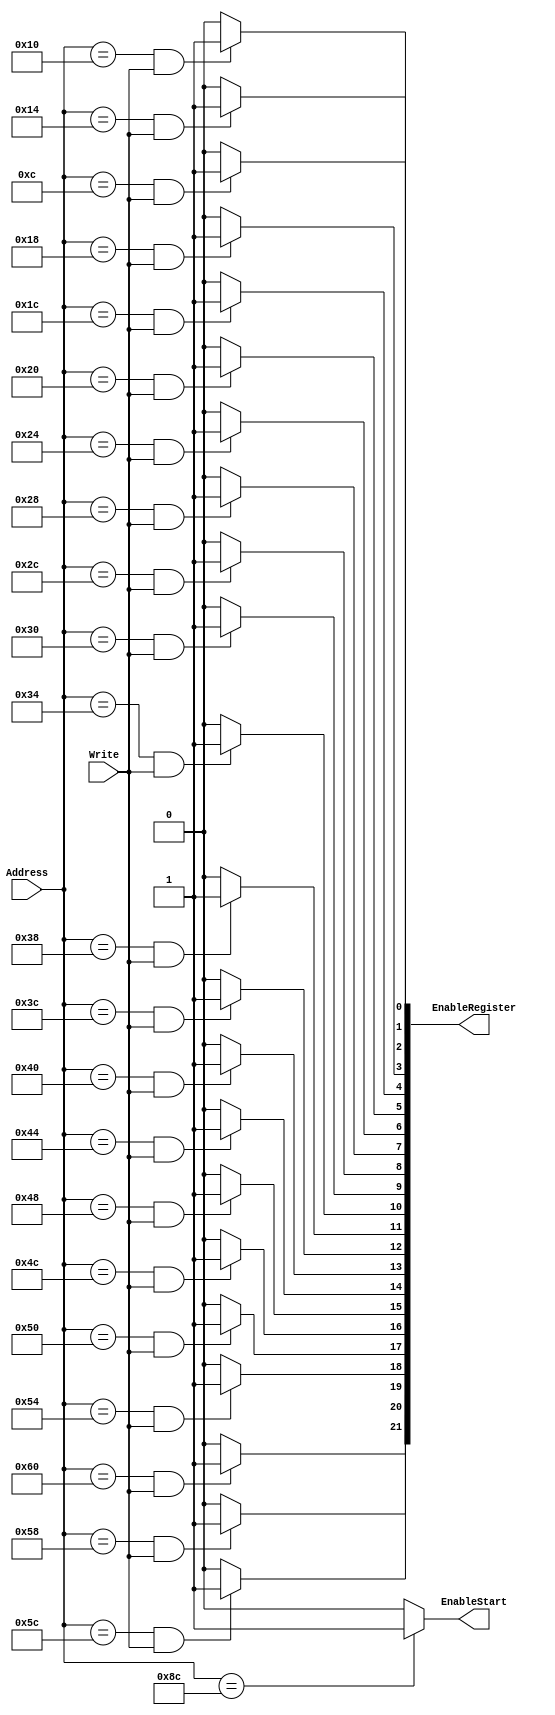
module DecoEscrituraRegistros(Address,Write,EnableStart,EnableRegister
 );
 
 input Write;
 input [8:0] Address;
 output    [21:0] EnableRegister ;
 output  EnableStart;
 


	assign EnableStart = (Address==9'h08C) ? 1'b1 : 1'b0 ;
	
	assign EnableRegister[0] = (Address==9'h00C)&Write ? 1'b1 : 1'b0 ;  // CoeffEntrenamiento0
	assign EnableRegister[1] = (Address==9'h010)&Write ? 1'b1 : 1'b0 ;  // CoeffEntrenamiento1
	assign EnableRegister[2] = (Address==9'h014)&Write ? 1'b1 : 1'b0 ;  // CoeffEntrenamiento2
	assign EnableRegister[3] = (Address==9'h018)&Write ? 1'b1 : 1'b0 ;  // CoeffEntrenamiento3
	assign EnableRegister[4] = (Address==9'h01C)&Write ? 1'b1 : 1'b0 ;  // CoeffEntrenamiento4
	assign EnableRegister[5] = (Address==9'h020)&Write ? 1'b1 : 1'b0 ;  // CoeffEntrenamiento5
	assign EnableRegister[6] = (Address==9'h024)&Write ? 1'b1 : 1'b0 ;  // CoeffEntrenamiento6
	assign EnableRegister[7] = (Address==9'h028)&Write ? 1'b1 : 1'b0 ;  // CoeffEntrenamiento7
	assign EnableRegister[8] = (Address==9'h02C)&Write ? 1'b1 : 1'b0 ;  // CoeffEntrenamiento8
	assign EnableRegister[9] = (Address==9'h030)&Write ? 1'b1 : 1'b0 ;  // CoeffEntrenamiento9
	assign EnableRegister[10] = (Address==9'h034)&Write ? 1'b1 : 1'b0;  // CoeffEntrenamiento10
	assign EnableRegister[11] = (Address==9'h038)&Write ? 1'b1 : 1'b0;  // CoeffEntrenamiento11
	assign EnableRegister[12] = (Address==9'h03C)&Write ? 1'b1 : 1'b0;  // CoeffEntrenamiento12
	assign EnableRegister[13] = (Address==9'h040)&Write ? 1'b1 : 1'b0;  // CoeffEntrenamiento13
	assign EnableRegister[14] = (Address==9'h044)&Write ? 1'b1 : 1'b0;  // CoeffEntrenamiento14
	assign EnableRegister[15] = (Address==9'h048)&Write ? 1'b1 : 1'b0;  // CoeffEntrenamiento15
	assign EnableRegister[16] = (Address==9'h04C)&Write ? 1'b1 : 1'b0;  // CoeffEntrenamiento16
	assign EnableRegister[17] = (Address==9'h050)&Write ? 1'b1 : 1'b0;  // CoeffEntrenamiento17
	assign EnableRegister[18] = (Address==9'h054)&Write ? 1'b1 : 1'b0;  // CoeffEntrenamiento18
	assign EnableRegister[19] = (Address==9'h058)&Write ? 1'b1 : 1'b0;  // CoeffEntrenamiento19
	
	assign EnableRegister[20] = (Address==9'h05C)&Write ? 1'b1 : 1'b0; // Coeficiente Offset
	
	assign EnableRegister[21] = (Address==9'h060)&Write ? 1'b1 : 1'b0; // Entrada

endmodule